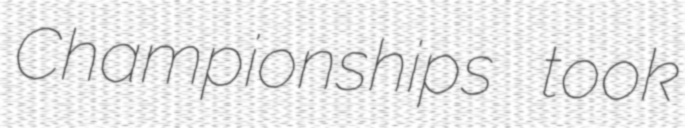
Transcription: Championships took